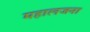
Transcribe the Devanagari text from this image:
महालजना